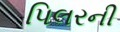
પિલરની